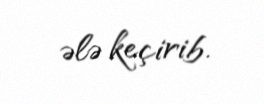
ələ keçirib.